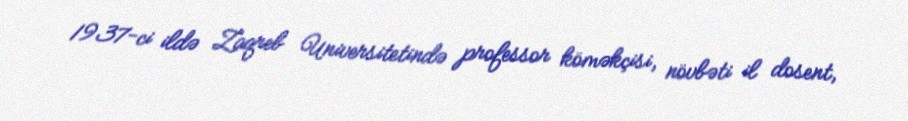
1937-ci ildə Zaqreb Universitetində professor köməkçisi, növbəti il dosent,